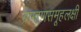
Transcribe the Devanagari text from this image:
ब्राम्हणसमूहलक्षी